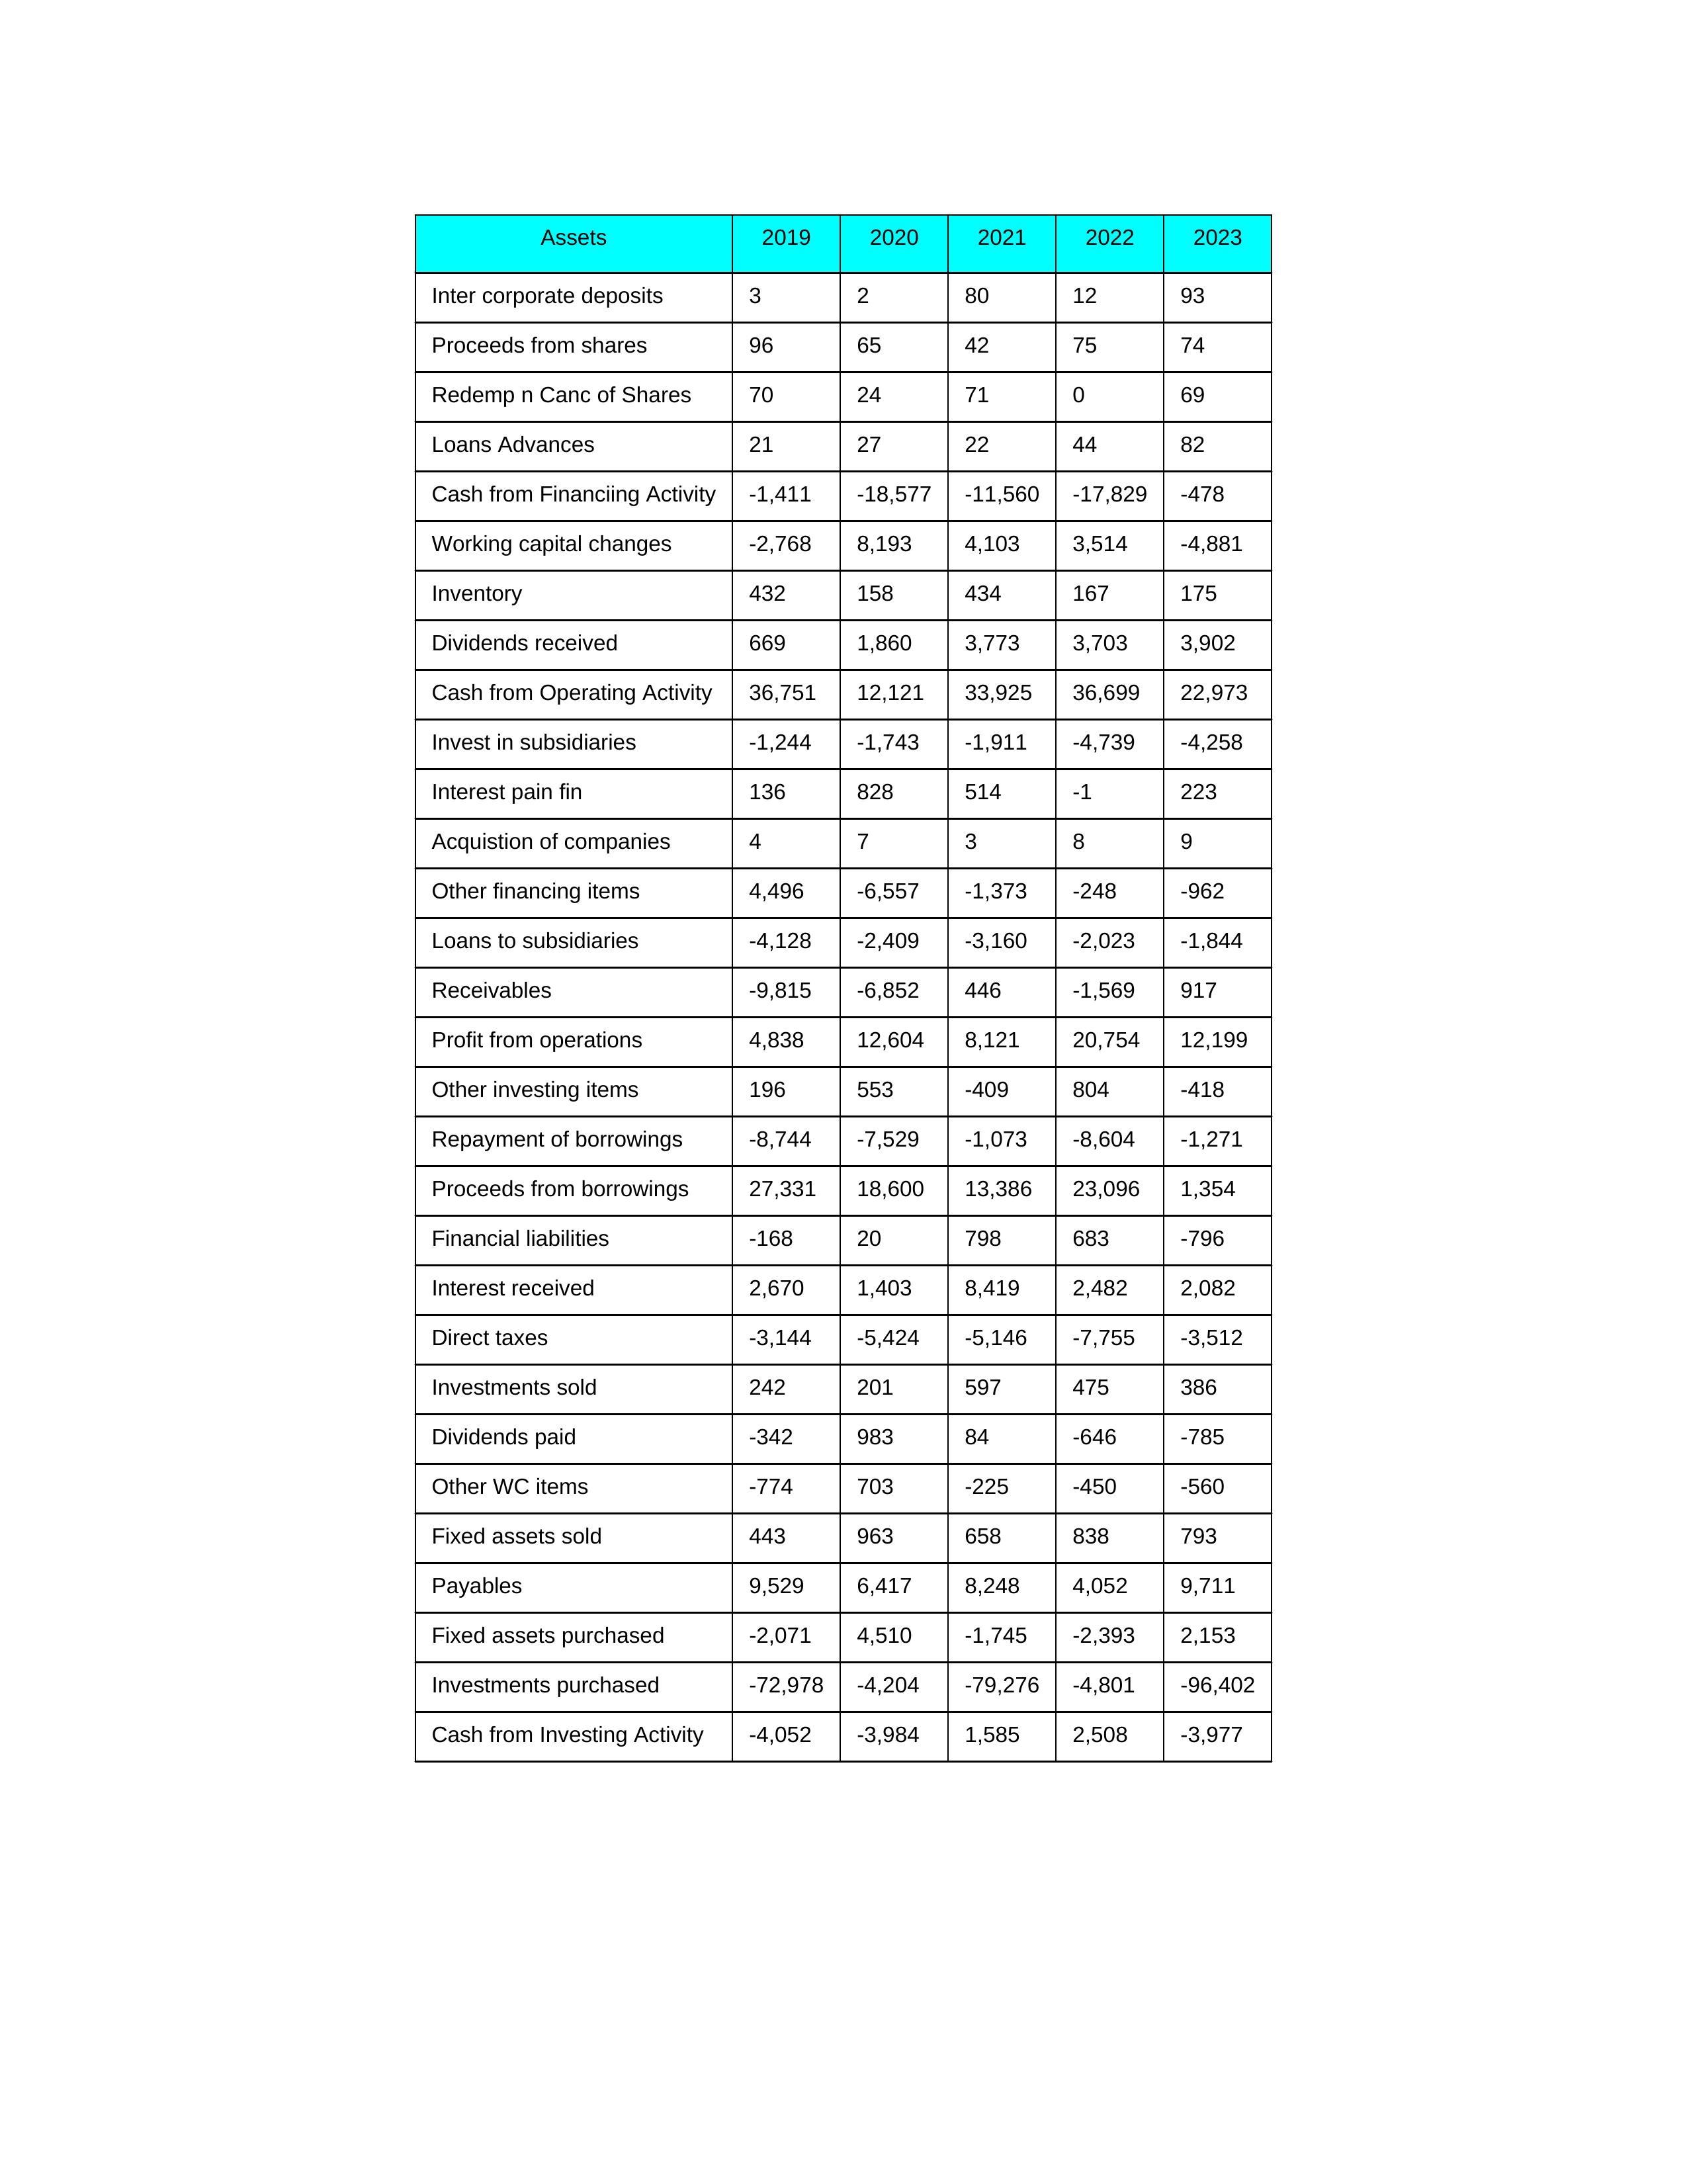
gt_parse: 2019: Cash from Operating Activity: 36,751
Profit from operations: 4,838
Receivables: -9,815
Inventory: 432
Payables: 9,529
Loans Advances: 21
Other WC items: -774
Working capital changes: -2,768
Direct taxes: -3,144
Cash from Investing Activity: -4,052
Fixed assets purchased: -2,071
Fixed assets sold: 443
Investments purchased: -72,978
Investments sold: 242
Interest received: 2,670
Dividends received: 669
Invest in subsidiaries: -1,244
Loans to subsidiaries: -4,128
Redemp n Canc of Shares: 70
Acquistion of companies: 4
Inter corporate deposits: 3
Other investing items: 196
Cash from Financiing Activity: -1,411
Proceeds from shares: 96
Proceeds from borrowings: 27,331
Repayment of borrowings: -8,744
Interest pain fin: 136
Dividends paid: -342
Financial liabilities: -168
Other financing items: 4,496
2020: Cash from Operating Activity: 12,121
Profit from operations: 12,604
Receivables: -6,852
Inventory: 158
Payables: 6,417
Loans Advances: 27
Other WC items: 703
Working capital changes: 8,193
Direct taxes: -5,424
Cash from Investing Activity: -3,984
Fixed assets purchased: 4,510
Fixed assets sold: 963
Investments purchased: -4,204
Investments sold: 201
Interest received: 1,403
Dividends received: 1,860
Invest in subsidiaries: -1,743
Loans to subsidiaries: -2,409
Redemp n Canc of Shares: 24
Acquistion of companies: 7
Inter corporate deposits: 2
Other investing items: 553
Cash from Financiing Activity: -18,577
Proceeds from shares: 65
Proceeds from borrowings: 18,600
Repayment of borrowings: -7,529
Interest pain fin: 828
Dividends paid: 983
Financial liabilities: 20
Other financing items: -6,557
2021: Cash from Operating Activity: 33,925
Profit from operations: 8,121
Receivables: 446
Inventory: 434
Payables: 8,248
Loans Advances: 22
Other WC items: -225
Working capital changes: 4,103
Direct taxes: -5,146
Cash from Investing Activity: 1,585
Fixed assets purchased: -1,745
Fixed assets sold: 658
Investments purchased: -79,276
Investments sold: 597
Interest received: 8,419
Dividends received: 3,773
Invest in subsidiaries: -1,911
Loans to subsidiaries: -3,160
Redemp n Canc of Shares: 71
Acquistion of companies: 3
Inter corporate deposits: 80
Other investing items: -409
Cash from Financiing Activity: -11,560
Proceeds from shares: 42
Proceeds from borrowings: 13,386
Repayment of borrowings: -1,073
Interest pain fin: 514
Dividends paid: 84
Financial liabilities: 798
Other financing items: -1,373
2022: Cash from Operating Activity: 36,699
Profit from operations: 20,754
Receivables: -1,569
Inventory: 167
Payables: 4,052
Loans Advances: 44
Other WC items: -450
Working capital changes: 3,514
Direct taxes: -7,755
Cash from Investing Activity: 2,508
Fixed assets purchased: -2,393
Fixed assets sold: 838
Investments purchased: -4,801
Investments sold: 475
Interest received: 2,482
Dividends received: 3,703
Invest in subsidiaries: -4,739
Loans to subsidiaries: -2,023
Redemp n Canc of Shares: 0
Acquistion of companies: 8
Inter corporate deposits: 12
Other investing items: 804
Cash from Financiing Activity: -17,829
Proceeds from shares: 75
Proceeds from borrowings: 23,096
Repayment of borrowings: -8,604
Interest pain fin: -1
Dividends paid: -646
Financial liabilities: 683
Other financing items: -248
2023: Cash from Operating Activity: 22,973
Profit from operations: 12,199
Receivables: 917
Inventory: 175
Payables: 9,711
Loans Advances: 82
Other WC items: -560
Working capital changes: -4,881
Direct taxes: -3,512
Cash from Investing Activity: -3,977
Fixed assets purchased: 2,153
Fixed assets sold: 793
Investments purchased: -96,402
Investments sold: 386
Interest received: 2,082
Dividends received: 3,902
Invest in subsidiaries: -4,258
Loans to subsidiaries: -1,844
Redemp n Canc of Shares: 69
Acquistion of companies: 9
Inter corporate deposits: 93
Other investing items: -418
Cash from Financiing Activity: -478
Proceeds from shares: 74
Proceeds from borrowings: 1,354
Repayment of borrowings: -1,271
Interest pain fin: 223
Dividends paid: -785
Financial liabilities: -796
Other financing items: -962